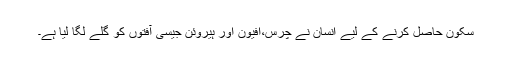
سکون حاصل کرنے کے لیے انسان نے چرس،افیون اور ہیروئن جیسی آفتوں کو گلے لگا لیا ہے۔